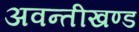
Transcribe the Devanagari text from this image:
अवन्तीखण्ड